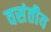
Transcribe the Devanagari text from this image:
वसंतीय